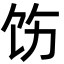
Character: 饬